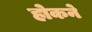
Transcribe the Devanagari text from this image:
होकने